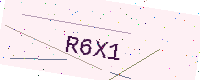
Text: R6X1